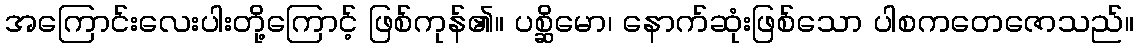
အကြောင်းလေးပါးတို့ကြောင့် ဖြစ်ကုန်၏။ ပစ္ဆိမော၊ နောက်ဆုံးဖြစ်သော ပါစကတေဇောသည်။